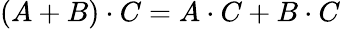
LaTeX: (A+B)\cdot C=A\cdot C+B\cdot C